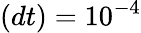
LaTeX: (dt)=10^{-4}